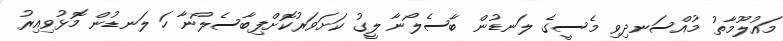
މައުލޫމާތު މުއްސަނދިވި މެސީގެ ލަނޑުން ބާސެލޯނާ ލީގު ކަށަވަރުކޮށްފިބާސެލޯނާ ހަ ލަނޑުން މޮޅުވިއިރު